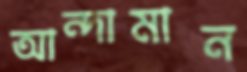
আন্দামান